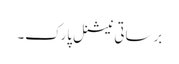
برساتی نیشنل پارک۔